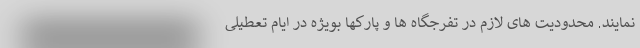
نمایند. محدودیت های لازم در تفرجگاه ها و پارکها بویژه در ایام تعطیلی